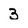
Character: 3